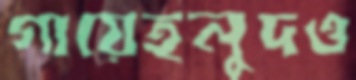
গায়েহলুদও